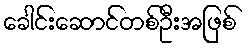
ခေါင်းဆောင်တစ်ဦးအဖြစ်